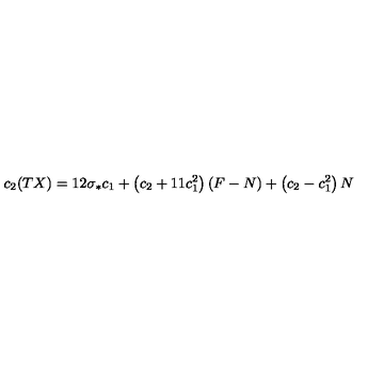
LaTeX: c _ { 2 } ( T X ) = 1 2 \sigma _ { * } c _ { 1 } + \left( c _ { 2 } + 1 1 c _ { 1 } ^ { 2 } \right) ( F - N ) + \left( c _ { 2 } - c _ { 1 } ^ { 2 } \right) N